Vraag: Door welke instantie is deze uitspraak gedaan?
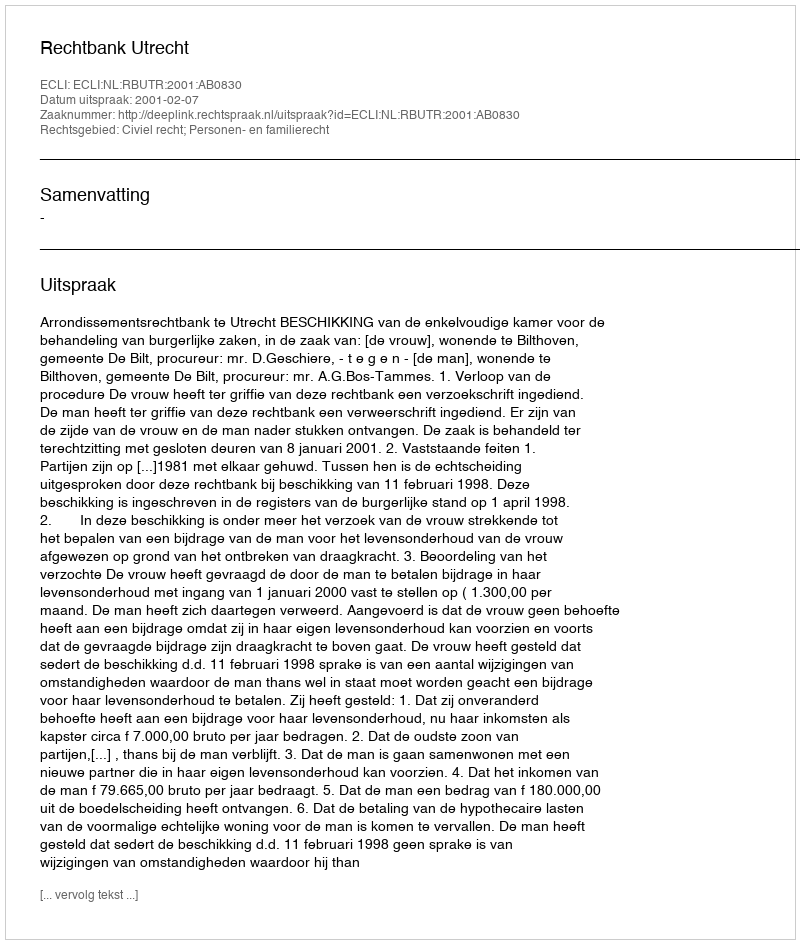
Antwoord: Rechtbank Utrecht